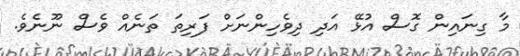
މާ ގިނައިން ގޮސް އުޅޭ އަދި ދިވެހިންނަށް ފަރިތަ ތަނެއް ވެސް ނޫނެވެ.